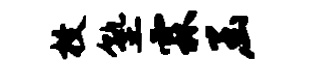
枚塾霖函